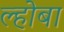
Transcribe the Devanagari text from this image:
ल्होबा